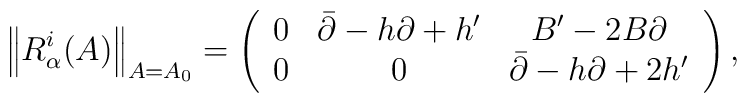
\left\| R_{\alpha }^{i}(A)\right\| _{A=A_{0}}=\left( \begin{array}{ccc}0 & \bar{\partial}-h\partial +h^{\prime } & B^{\prime }-2B\partial \\ 0 & 0 & \bar{\partial}-h\partial +2h^{\prime }\end{array}\right) ,